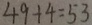
4 9 + 4 = 5 3